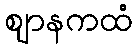
ဈာနကထံ